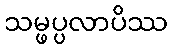
သမ္ဖပ္ပလာပိဿ